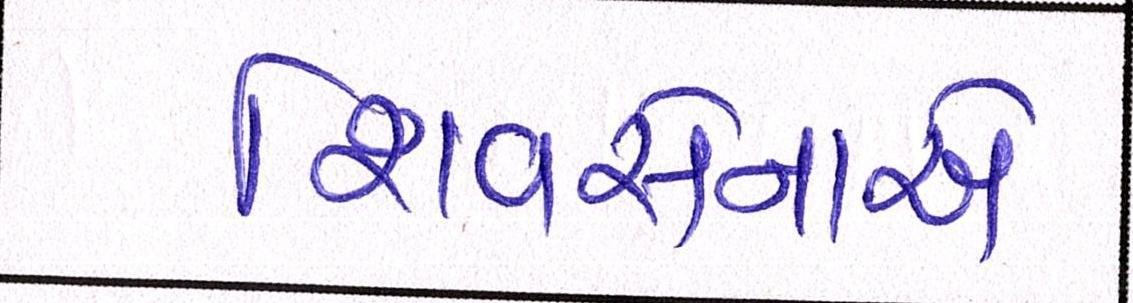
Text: શિવસેનાએ